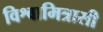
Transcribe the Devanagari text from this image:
विश्वामित्रासी